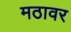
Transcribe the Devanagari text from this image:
मठावर